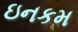
ઇનકમ